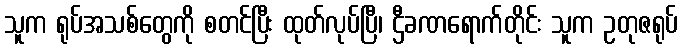
သူက ရုပ်အသစ်တွေကို စတင်ပြီး ထုတ်လုပ်ပြီ၊ ဌီခဏရောက်တိုင်း သူက ဥတုဇရုပ်